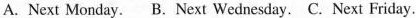
A. Next Monday. B.Next Wednesday. C. Next Friday.